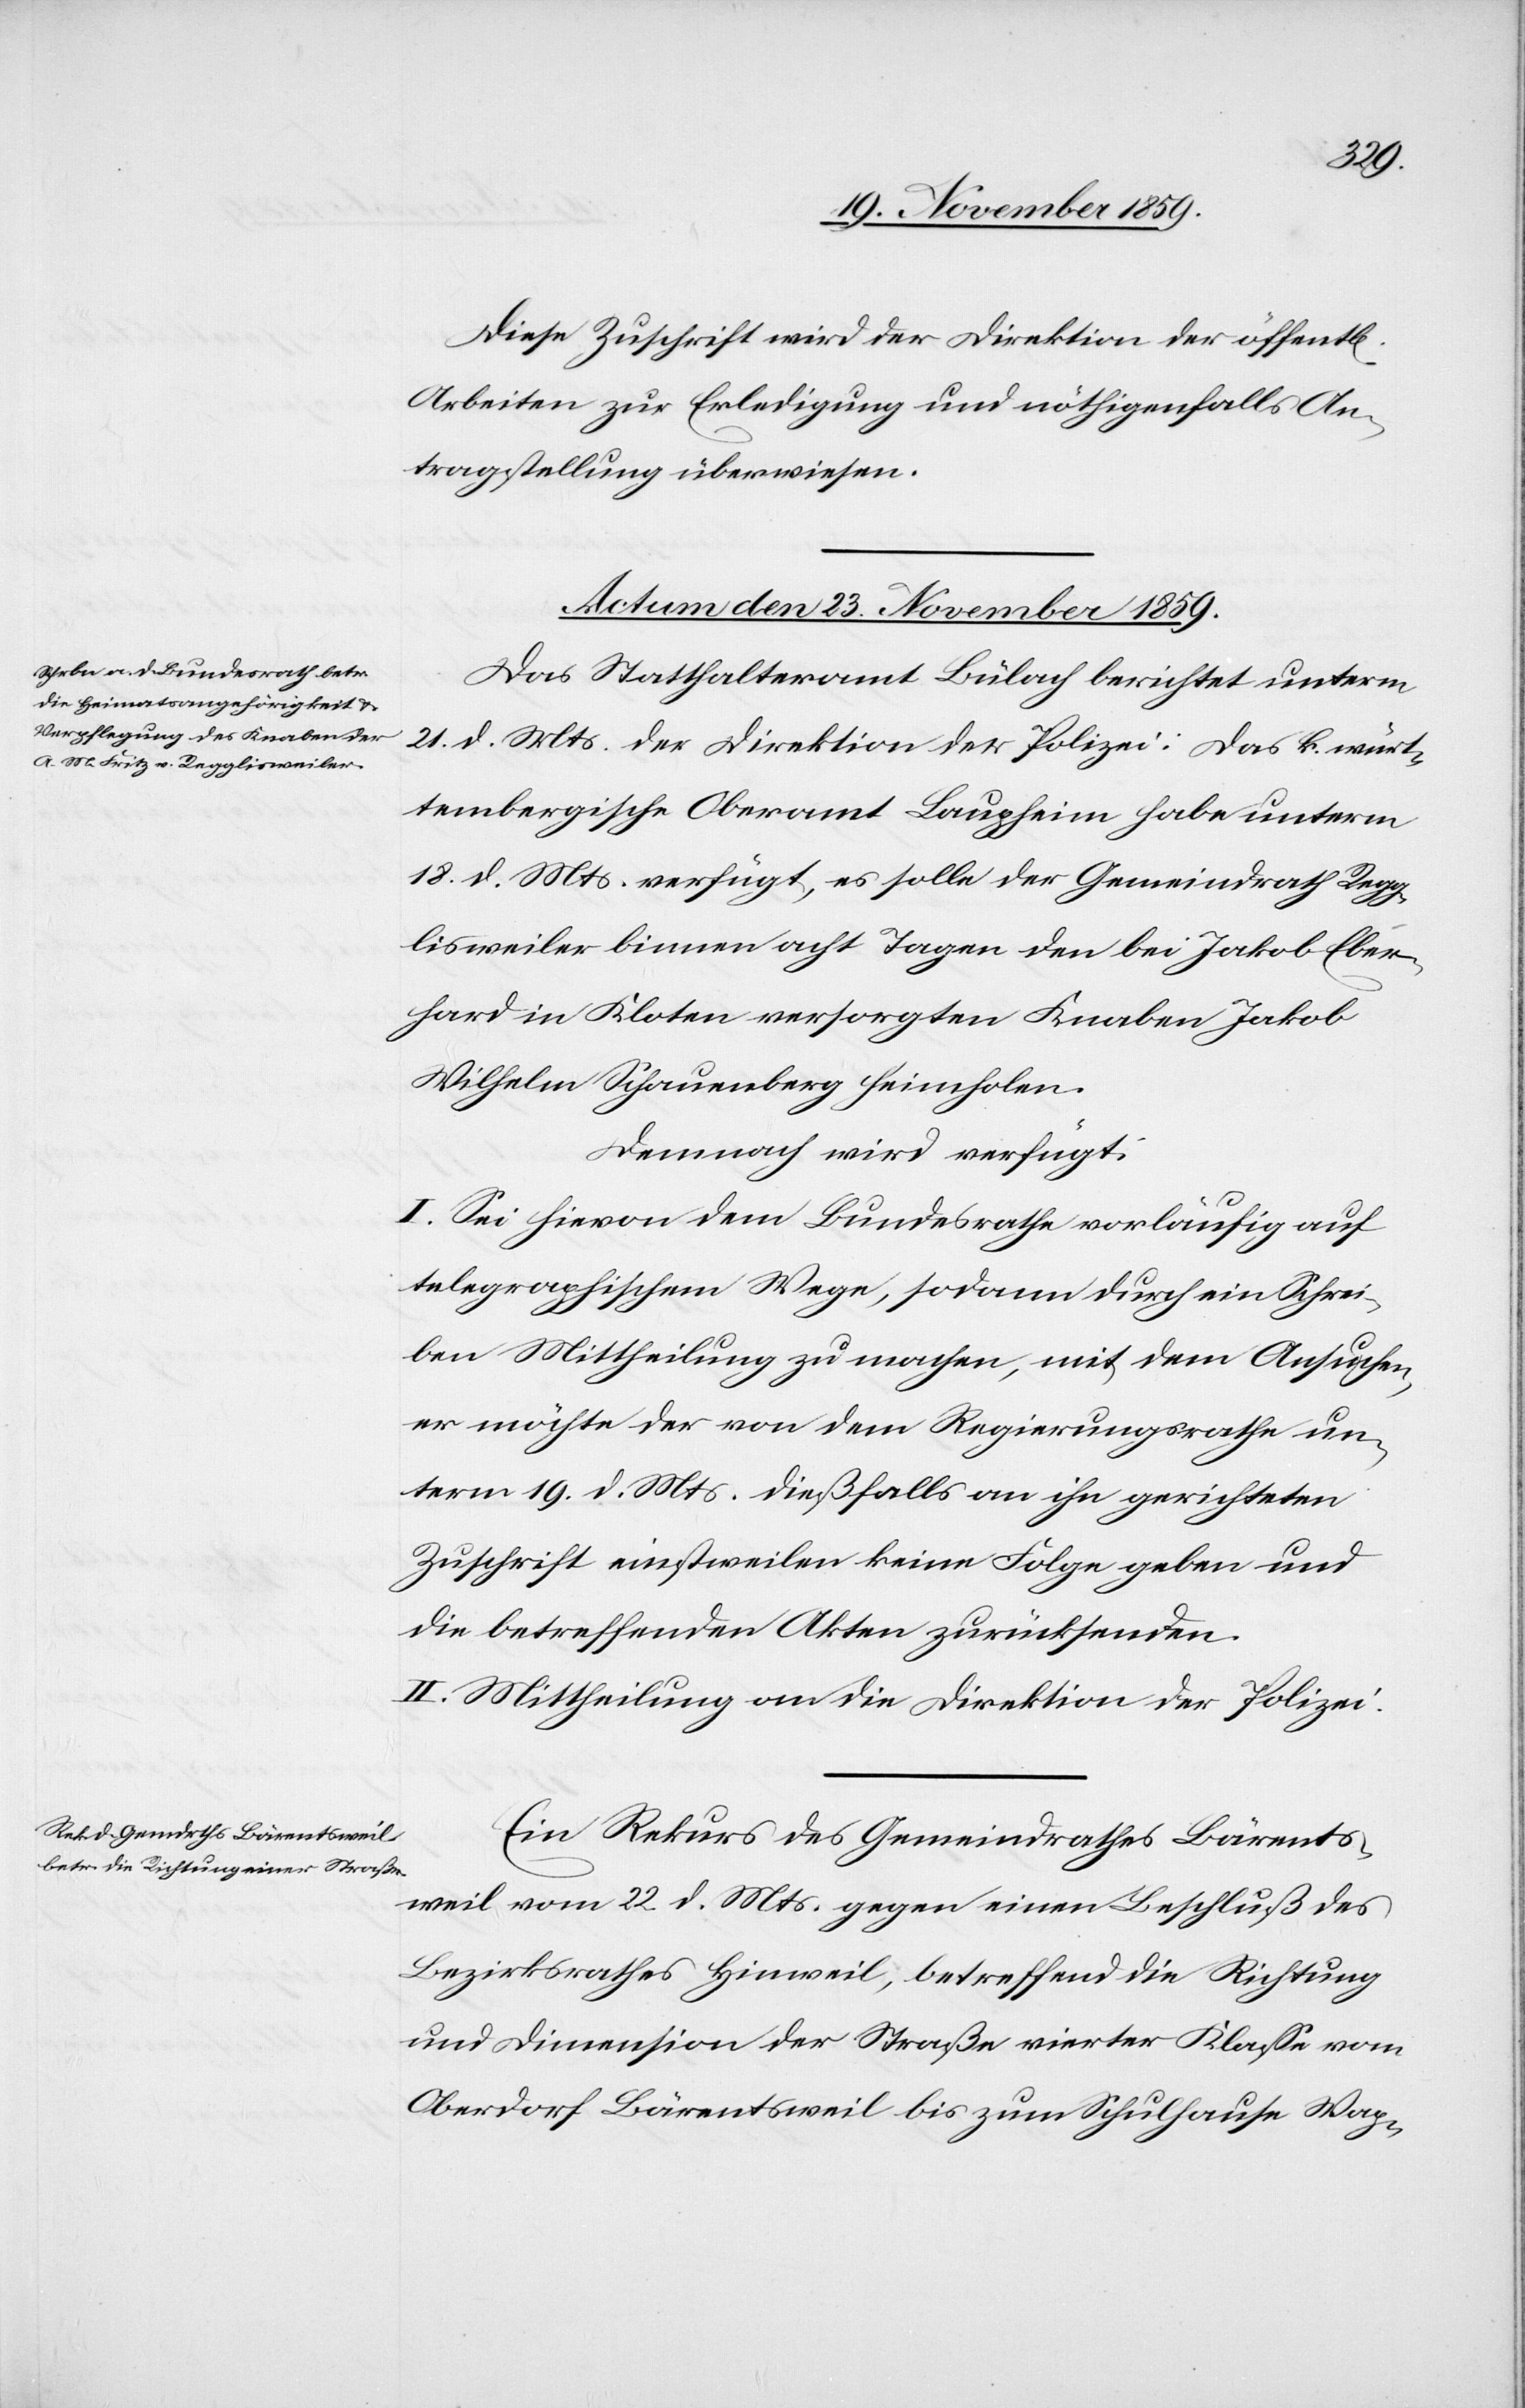
Diese Zuschrift wird der Direktion der öffentl[ichen]
Arbeiten zur Erledigung und nöthigenfalls An¬
tragstellung überwiesen.
Actum den 23. November 1859.]
Das Statthalteramt Bülach berichtet unterm
21. d. Mts. der Direktion der Polizei: Das k. würt¬
tembergische Oberamt Laupheim habe unterm
18. d. Mts. verfügt, es solle der Gemeindrath Regg¬
lisweiler binnen acht Tagen den bei Jakob Eber¬
hard in Kloten versorgten Knaben Jakob
Wilhelm Schauenberg heimholen.
Demnach wird verfügt:
I. Sei hievon dem Bundesrathe vorläufig auf
telegraphischem Wege, sodann durch ein Schrei¬
ben Mittheilung zu machen, mit dem Ansuchen,
er möchte der von dem Regierungsrathe un¬
term 19. d. Mts. dießfalls an ihn gerichteten
Zuschrift einstweilen keine Folge geben und
die betreffenden Akten zurücksenden.
II. Mittheilung an die Direktion der Polizei.
Ein Rekurs des Gemeindrathes Bärents¬
weil vom 22. d. Mts. gegen einen Beschluß des
Bezirksrathes Hinweil, betreffend die Richtung
und Dimension der Straße vierter Klasse vom
Oberdorf Bärentsweil bis zum Schulhause Wap-